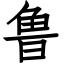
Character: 鲁